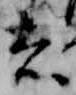
者